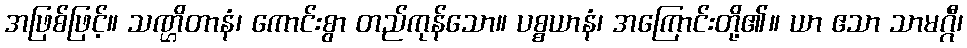
အဖြစ်ဖြင့်။ သဏ္ဌိတာနံ၊ ကောင်းစွာ တည်ကုန်သော။ ပစ္စယာနံ၊ အကြောင်းတို့၏။ ယာ ဧသာ သာမဂ္ဂီ၊